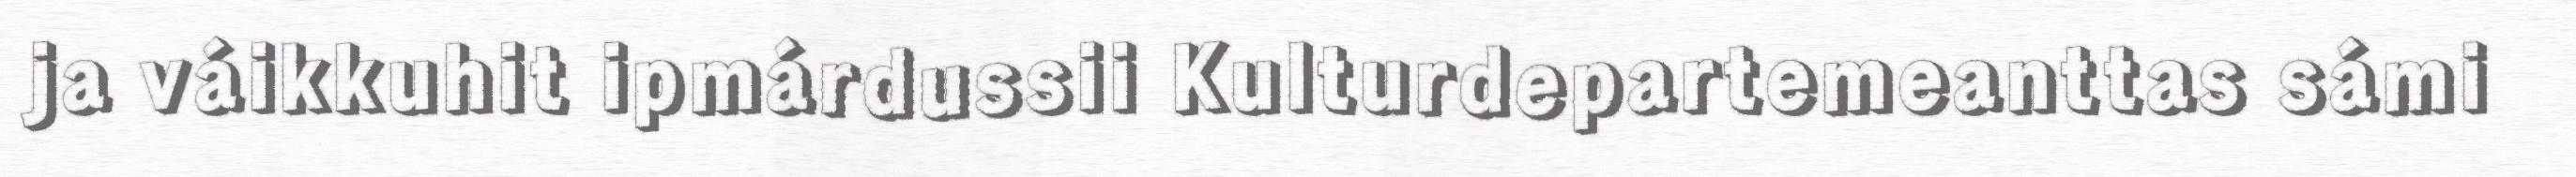
ja váikkuhit ipmárdussii Kulturdepartemeanttas sámi